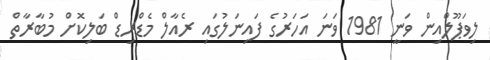
ލިވަޕޫލްއިން ވަނީ 1981 ވަނަ އަހަރުގެ ފައިނަލުގައި ރެއާލް މެޑްރިޑް ބަލިކޮށް މުބާރާތް